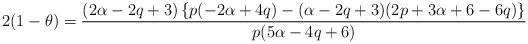
LaTeX: \begin{align*}2(1-\theta)=\frac{(2\alpha-2q+3)\left\{p(-2\alpha+4q)-(\alpha-2q+3)(2p+3\alpha+6-6q)\right\}}{p(5\alpha-4q+6)}\ \ \end{align*}